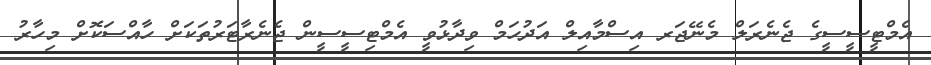
އެމްޓީސީސީގެ ޖެނެރަލް މެނޭޖަރ އިސްމާއިލް އަދުހަމް ވިދާޅުވީ އެމްޓިސީސީން ޖެނެރާޓަރުތަކަށް ހާއްސަކޮށް މިހާރު